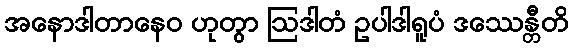
အနောဒါတာနေဝ ဟုတွာ ဩဒါတံ ဥပါဒါရူပံ ဒဿေန္တီတိ